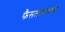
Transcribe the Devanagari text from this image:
फैसलाबादचा